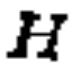
$H$